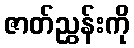
ဇာတ်ညွှန်းကို